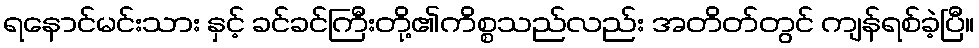
ရနောင်မင်းသား နှင့် ခင်ခင်ကြီးတို့၏ကိစ္စသည်လည်း အတိတ်တွင် ကျန်ရစ်ခဲ့ပြီ။